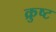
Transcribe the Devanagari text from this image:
क्रुष्ट